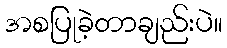
အစပြုခဲ့တာချည်းပဲ။